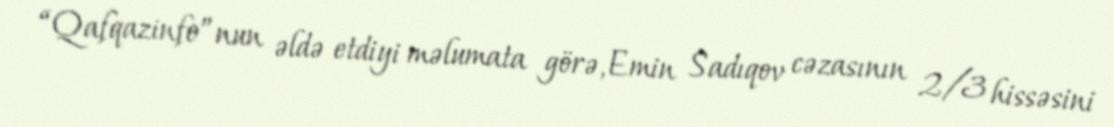
“Qafqazinfo”nun əldə etdiyi məlumata görə, Emin Sadıqov cəzasının 2/3 hissəsini